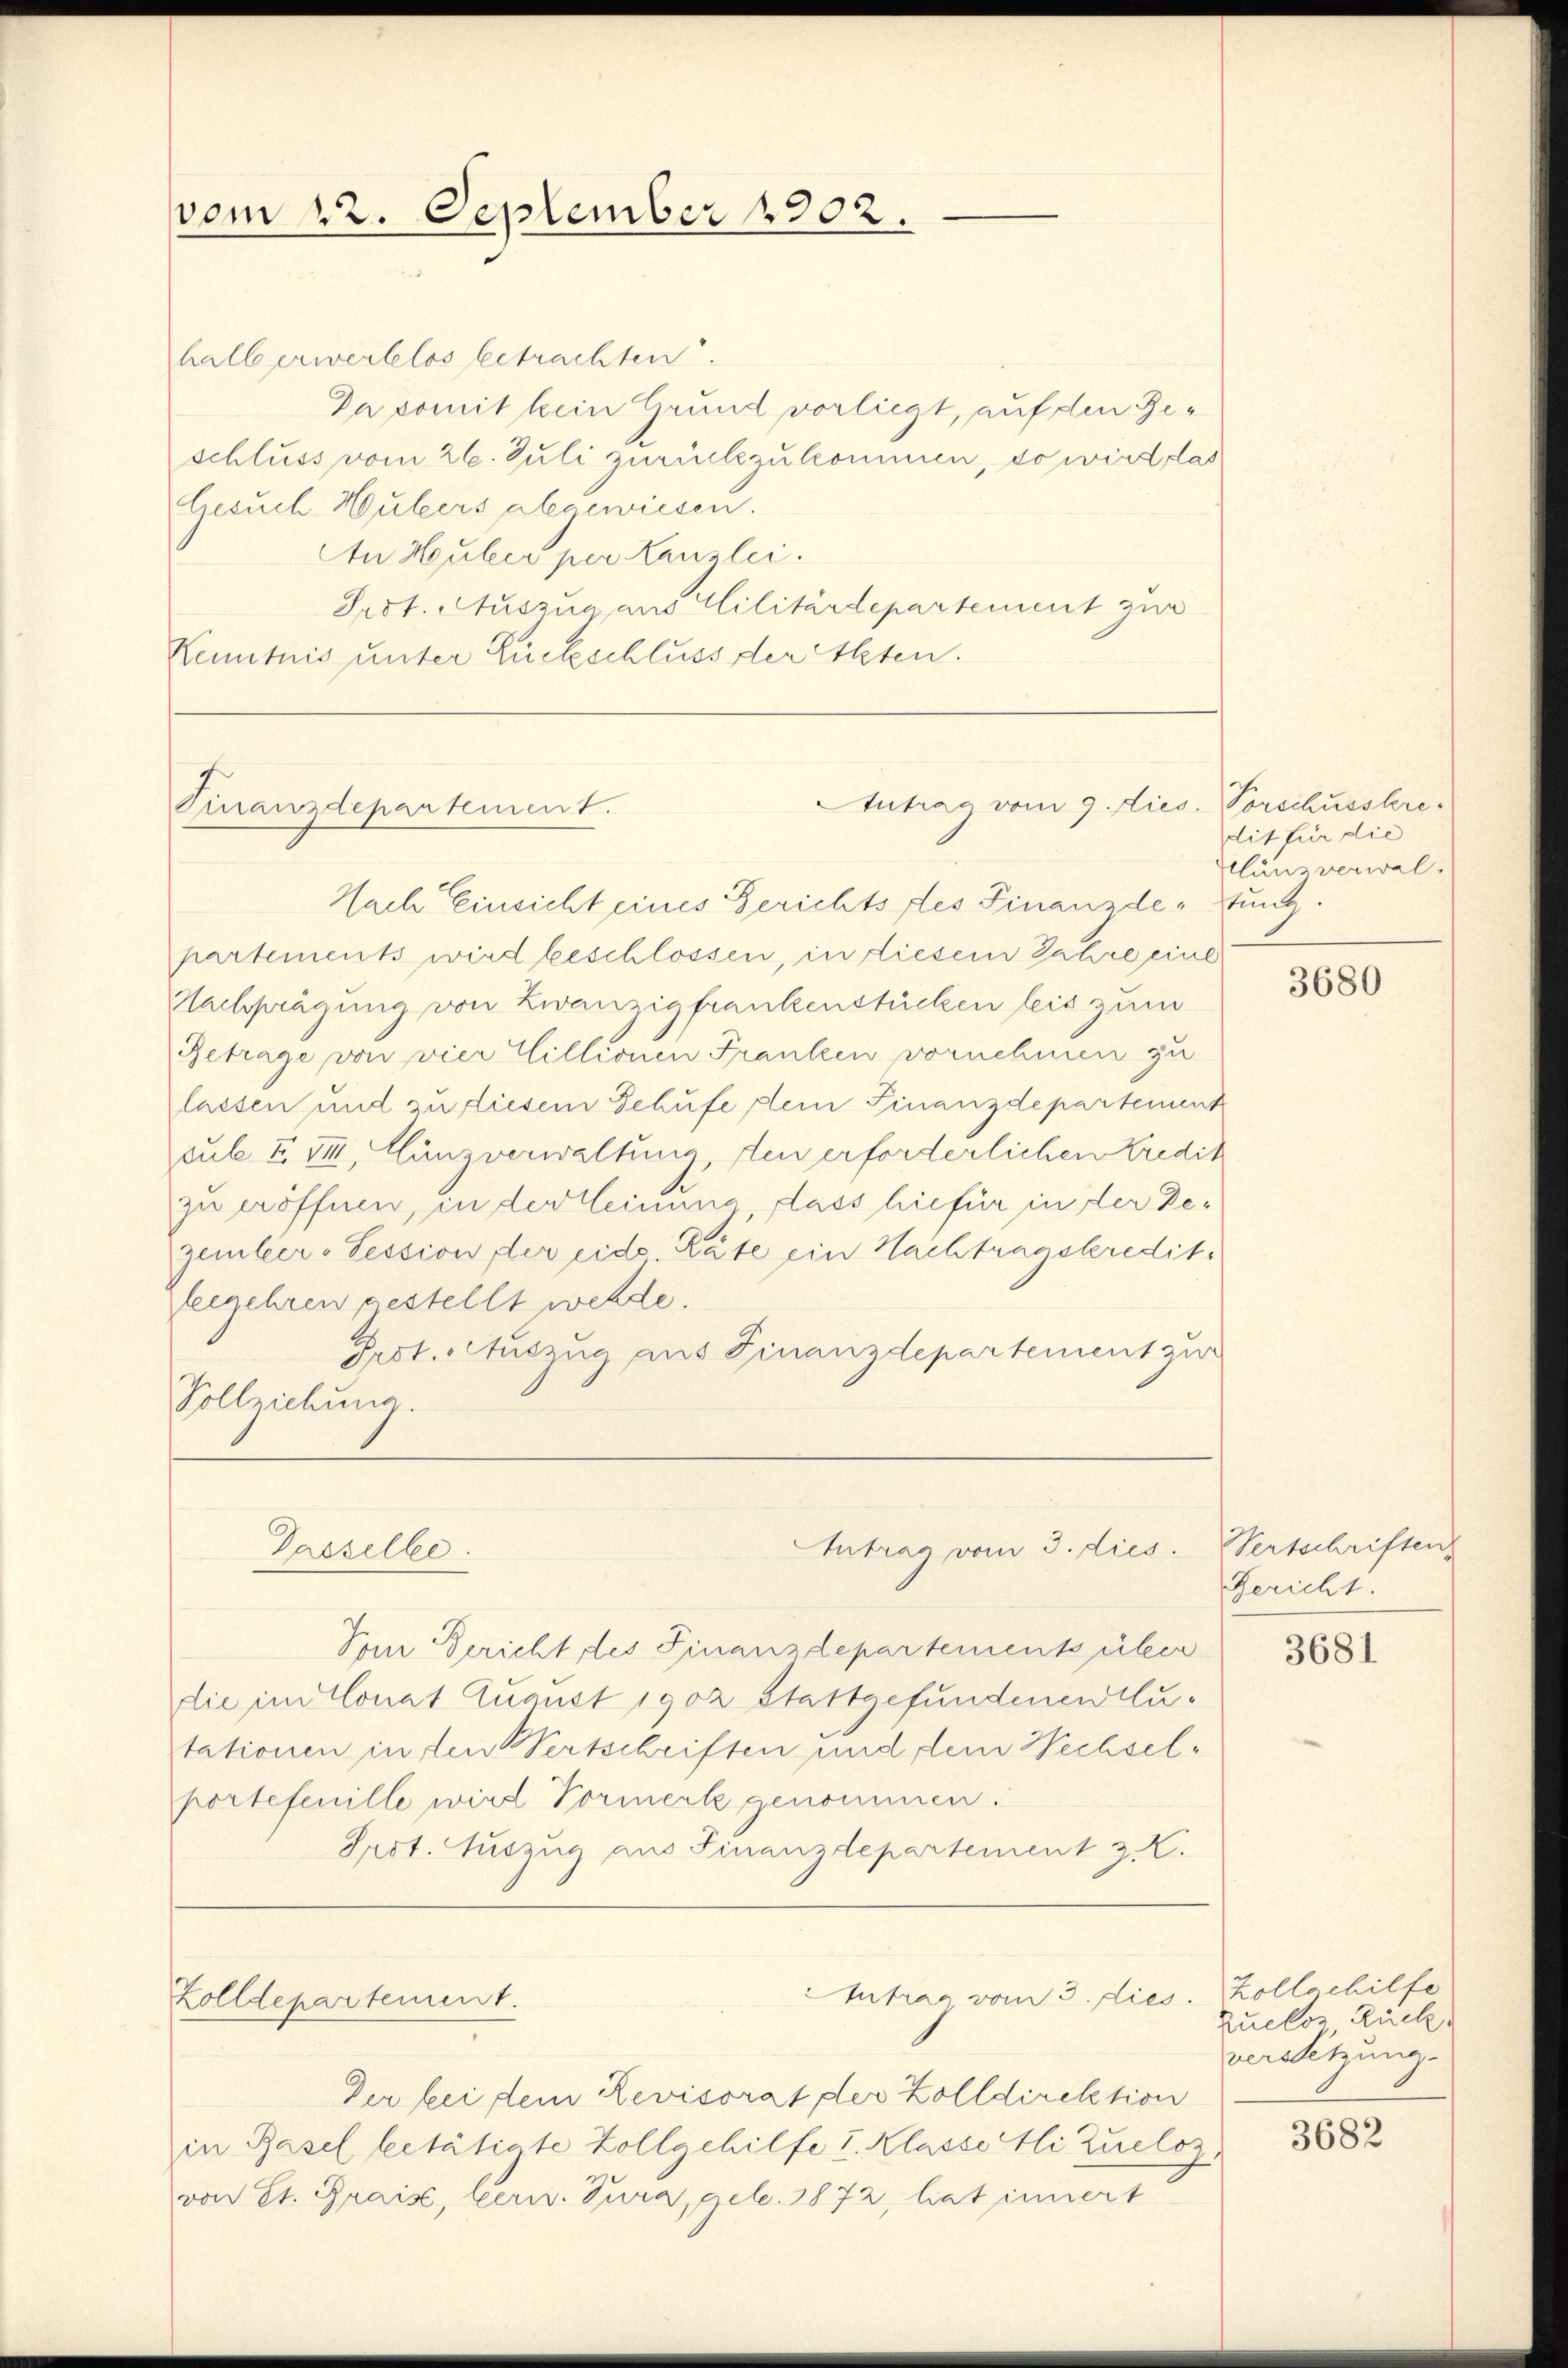
vom 22. September 1902.

halb erwertlos betrachten.
Da somit kein Grund vorliegt, auf den Reschluss vom 26. Juli zurückzukommen, so wird das
besuch Hubers abgewiesen.
An Huber per Kanzlei.
Prst. Auszug aus Militärdepartement zur
Kenntnis unter Rückschluss der Akten.

Finanzdepartement.

Nach Einsicht eines Gerichts des Finanzde-Sunz.
partements wird beschlossen, in diesem Jahre eine
Nachprägung von Zwanzigfrankenstücken leis zum
Getrage von vier Willionen Franken vornehmen zu
lassen und zu liesem Schufe dem Finanzdepartement
sub III VIII, Cunzverwaltung, den erforderlichen Kredit
zu eröffnen, in der Meinung dass hiefür in der Dezember - Session, der eids Räte ein Nachtragskredit
leegehren gestellt werde.
Pest. Auszug aus Finanzdepartement zur
Vollziehung
Antrag vom 3. dies. Pertschriften
Dasselbe.
Vom Gericht, des Finanzdepartement über
die im Monat August 1902 stattgefundenen Autationen in den Vertschriften und dem Wechselportefenille wird Vormerk genommen.
Spot. Auszug aus Finanzdepartement z. K.
Antrag vom 3. dies. Zollschilfe
Zolldepartement.
Der bei dem Revisorat der Zolldirektion
in Basel betätigte Zollgehilfe I. Klasse Ali Zueloz
von Et. Brais, bern. Jura, geb. 1872, hat innert

Autrag vom 9. dies. Vorschusskre

dit für die
Klunzverwal¬

3680

Gericht.

3681

zuelos Rück
versetzung.

3682